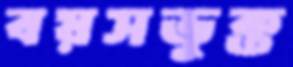
বয়সভুক্ত